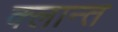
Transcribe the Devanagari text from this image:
क्लान्त